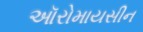
ઑરોમાયસીન